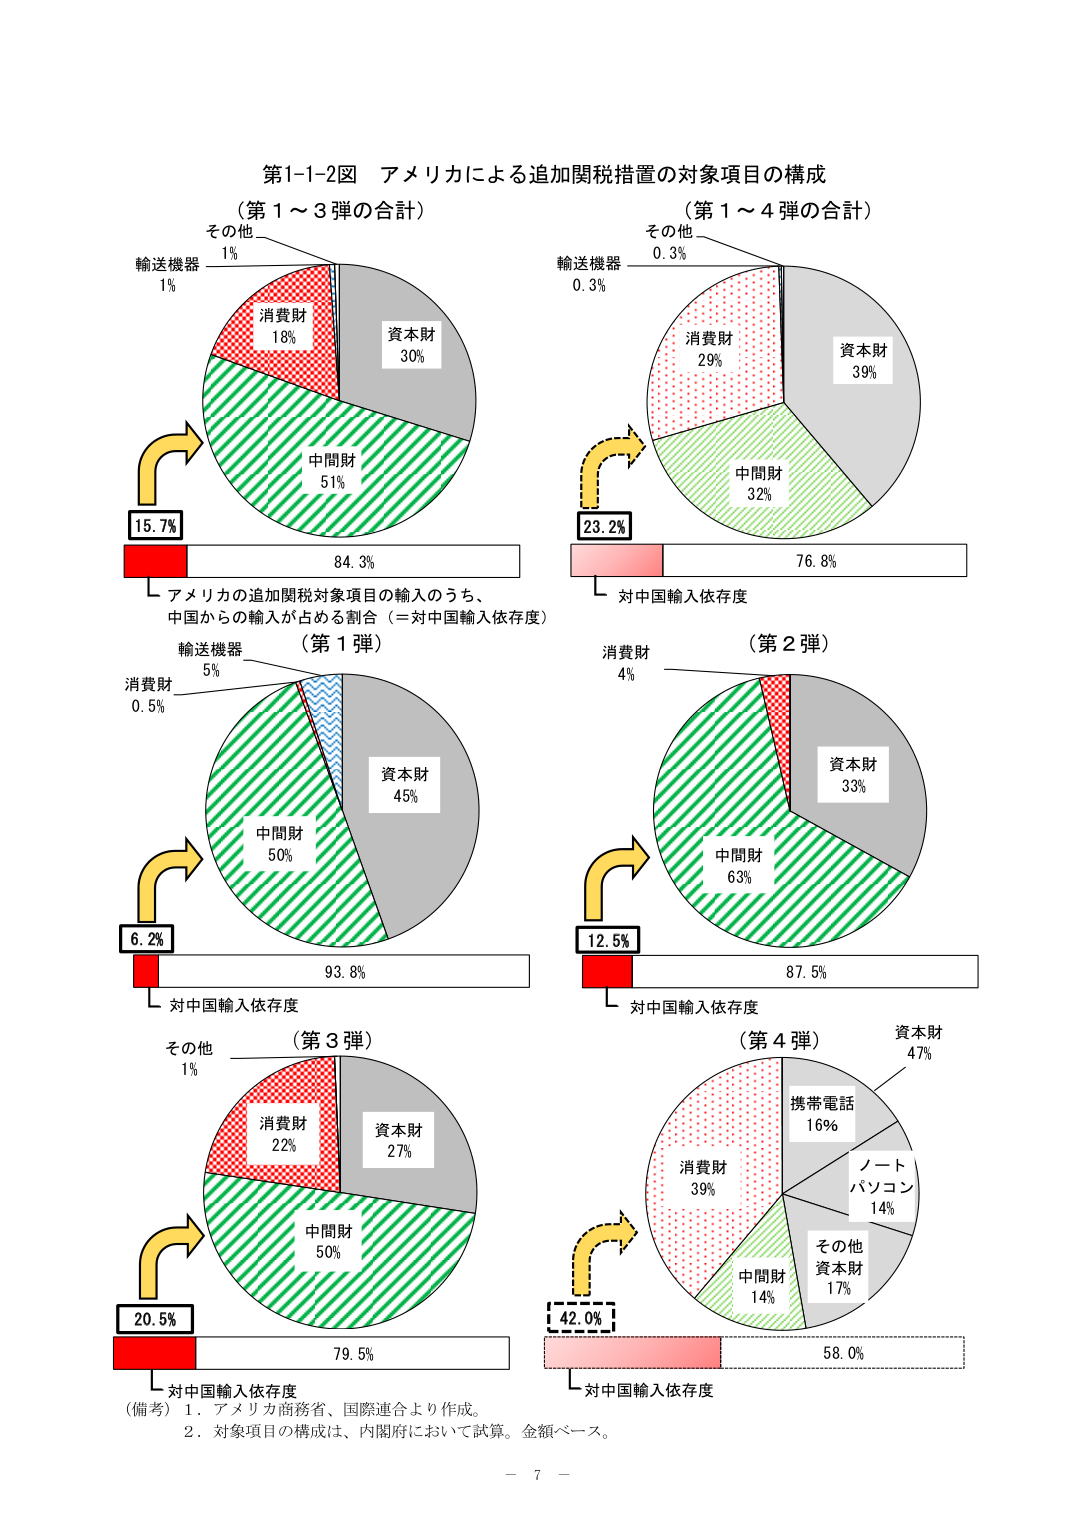
第1-1-2図 アメリカによる追加関税措置の対象項目の構成
（第1～3弾の合計）
その他 1%
輸送機器 1%
消費財 18%
資本財 30%
中間財 51%
15.7%
84.3%
アメリカの追加関税対象項目の輸入のうち、
中国からの輸入が占める割合（＝対中国輸入依存度）

（第1～4弾の合計）
その他 0.3%
輸送機器 0.3%
消費財 29%
資本財 39%
中間財 32%
23.2%
76.8%
対中国輸入依存度

（第1弾）
輸送機器 5%
消費財 0.5%
資本財 45%
中間財 50%
6.2%
93.8%
対中国輸入依存度

（第2弾）
消費財 4%
資本財 33%
中間財 63%
12.5%
87.5%
対中国輸入依存度

（第3弾）
その他 1%
消費財 22%
資本財 27%
中間財 50%
20.5%
79.5%
対中国輸入依存度

（第4弾）
資本財 47%
携帯電話 16%
ノートパソコン 14%
その他資本財 17%
消費財 39%
中間財 14%
42.0%
58.0%
対中国輸入依存度

（備考）1．アメリカ商務省、国際連合より作成。
2．対象項目の構成は、内閣府において試算。金額ベース。
－ 7 －